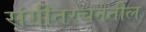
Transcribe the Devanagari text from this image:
संगीतरचनेतील